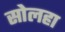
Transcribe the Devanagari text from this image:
सोलहा